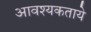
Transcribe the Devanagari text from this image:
आवश्यकताये